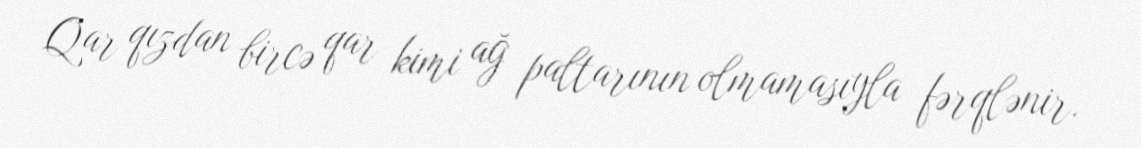
Qar qızdan bircə qar kimi ağ paltarının olmamasıyla fərqlənir.